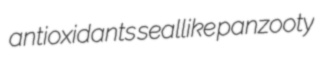
antioxidants seallike panzooty